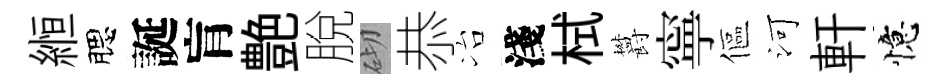
縆腮誕肓艶脫砌恭冶淺栻欝寧傴河軒憶